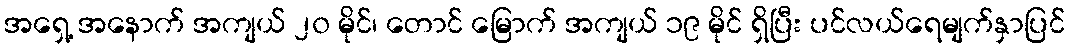
အရှေ့ အနောက် အကျယ် ၂၀ မိုင်၊ တောင် မြောက် အကျယ် ၁၉ မိုင် ရှိပြီး ပင်လယ်ရေမျက်နှာပြင်